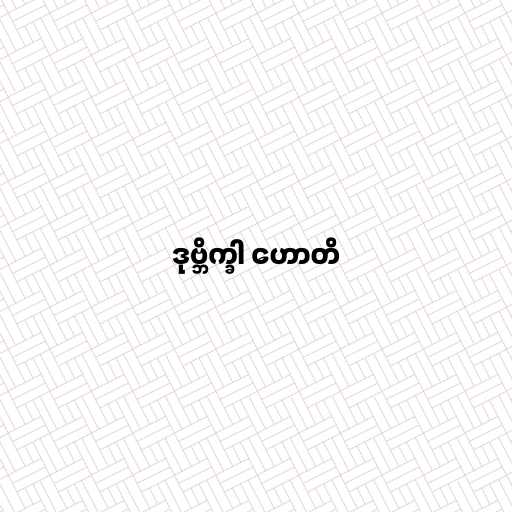
ဒုဗ္ဘိက္ခါ ဟောတိ